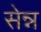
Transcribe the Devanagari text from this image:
सेन्न